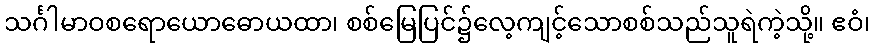
သင်္ဂါမာဝစရောယောဓောယထာ၊ စစ်မြေပြင်၌လေ့ကျင့်သောစစ်သည်သူရဲကဲ့သို့။ ဧဝံ၊